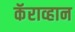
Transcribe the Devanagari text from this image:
कॅराव्हान